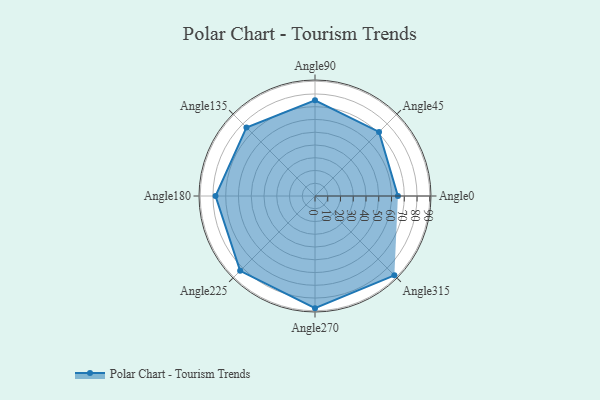
{"axis": {"x": "Angle", "y": "Radius"}, "legend": [""], "data": [{"x": "Angle0", "y": 65.0, "type": ""}, {"x": "Angle45", "y": 71.0, "type": ""}, {"x": "Angle90", "y": 75.0, "type": ""}, {"x": "Angle135", "y": 76.0, "type": ""}, {"x": "Angle180", "y": 78.0, "type": ""}, {"x": "Angle225", "y": 83.0, "type": ""}, {"x": "Angle270", "y": 88.0, "type": ""}, {"x": "Angle315", "y": 88.0, "type": ""}]}